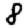
Digit: 8